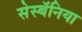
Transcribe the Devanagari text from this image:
सेस्बॅनिया